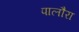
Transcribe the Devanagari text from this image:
पालौरा